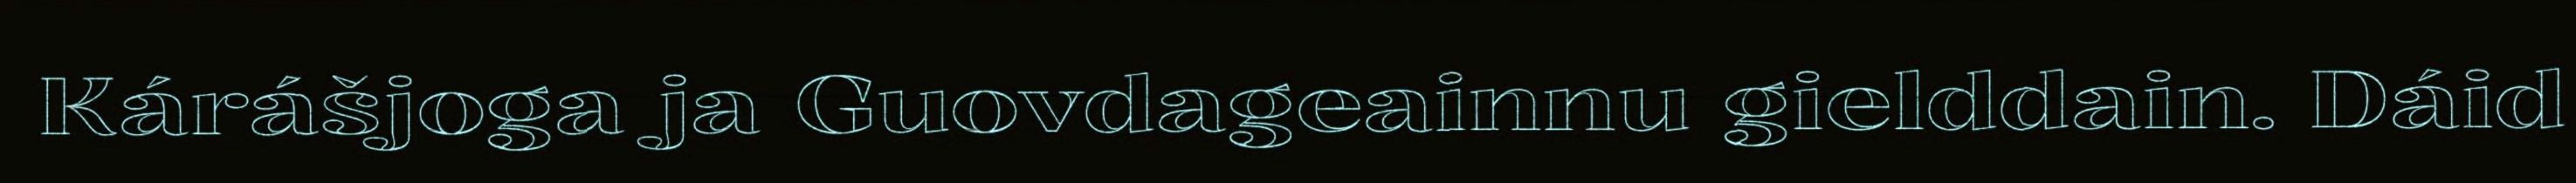
Kárášjoga ja Guovdageainnu gielddain. Dáid